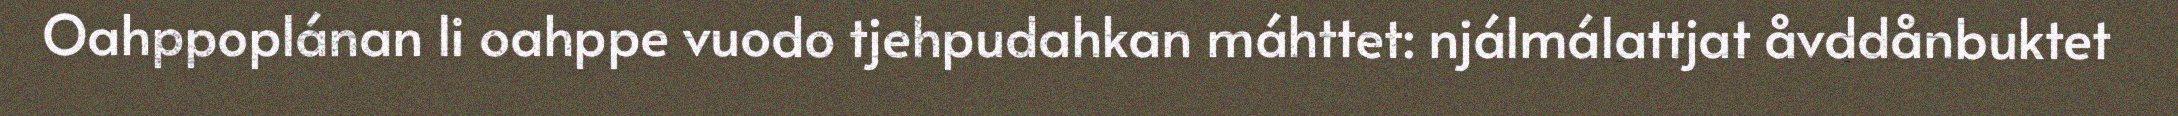
Oahppoplánan li oahppe vuodo tjehpudahkan máhttet: njálmálattjat åvddånbuktet